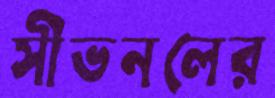
সীভনলের